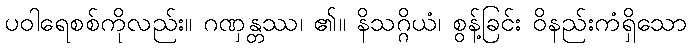
ပဝါရေစစ်ကိုလည်း။ ဂဏှန္တဿ၊ ၏။ နိသဂ္ဂိယံ၊ စွန့်ခြင်း ဝိနည်းကံရှိသော